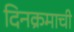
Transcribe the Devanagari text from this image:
दिनक्रमाची